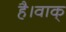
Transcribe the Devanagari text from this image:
है।वाक्